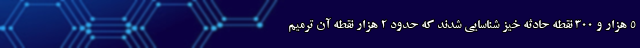
۵ هزار و ۳۰۰ نقطه حادثه خیز شناسایی شدند که حدود ۲ هزار نقطه آن ترمیم